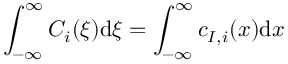
\int _ { - \infty } ^ { \infty } C _ { i } ( \xi ) \mathrm { d } \xi = \int _ { - \infty } ^ { \infty } c _ { I , i } ( x ) \mathrm { d } x